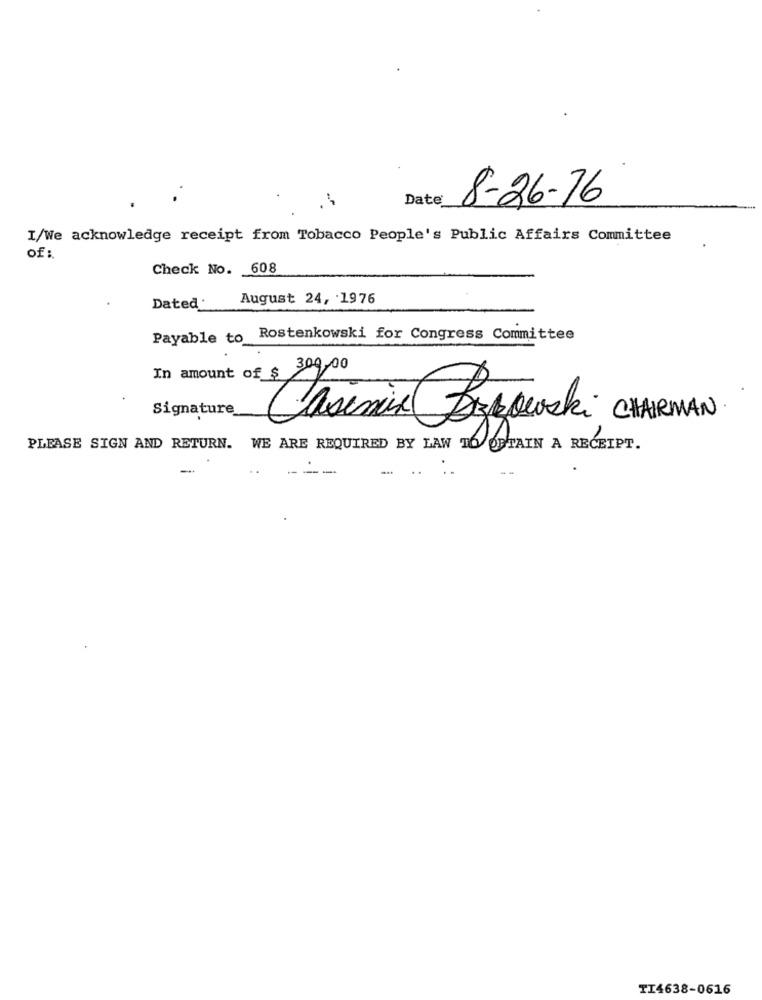
Date
8-26-76
I/We acknowledge receipt from Tobacco People's Public Affairs Committee
of :.
Check No. 608
August 24, 1976
Dated'
Payable to Rostenkowski for Congress Committee
300,00
In amount of $
Signature
asimial Dzkowski CHAIRMAN
PLEASE SIGN AND RETURN. WE ARE REQUIRED BY LAW TO OBTAIN A RECEIPT.
---
TI4638-0616